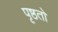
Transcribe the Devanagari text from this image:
पृष्ठतो